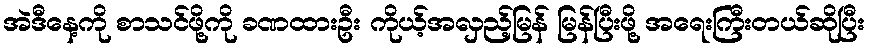
အဲဒီနေ့ကို စာသင်ဖို့ကို ခဏထားဦး ကိုယ့်အလှည့်မြန် မြန်ပြီးဖို့ အရေးကြီးတယ်ဆိုပြီး